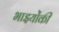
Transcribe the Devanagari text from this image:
भाइयोंकी